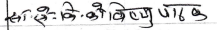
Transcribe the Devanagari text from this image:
संतोष के को बिष्णु पाके